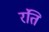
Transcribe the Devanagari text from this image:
रंति